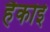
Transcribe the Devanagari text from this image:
हैकोई